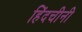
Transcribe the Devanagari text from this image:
हिंदचीनी